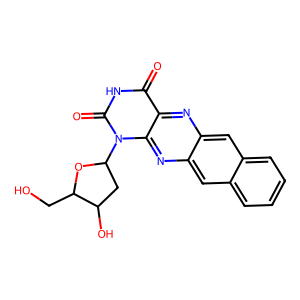
SMILES: O=c1[nH]c(=O)n(C2CC(O)C(CO)O2)c2nc3cc4ccccc4cc3nc12
Inhibits HIV replication: No